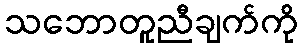
သဘောတူညီချက်ကို